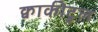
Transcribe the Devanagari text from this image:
क्वाकीटुल